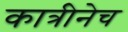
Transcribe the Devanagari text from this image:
कात्रीनेच